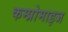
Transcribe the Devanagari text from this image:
कम्प्रोमाइज